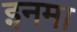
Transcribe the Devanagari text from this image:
इनमा